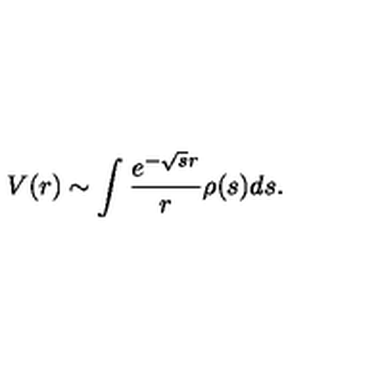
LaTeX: V ( r ) \sim \int { \frac { e ^ { - \sqrt { s } r } } { r } } \rho ( s ) d s .